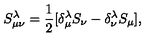
S _ { \mu \nu } ^ { \lambda } = \frac { 1 } { 2 } [ \delta _ { \mu } ^ { \lambda } S _ { \nu } - \delta _ { \nu } ^ { \lambda } S _ { \mu } ] ,